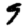
Digit: 9